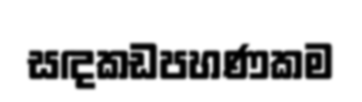
සඳකඩපහණකම